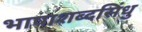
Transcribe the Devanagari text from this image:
भाषाशब्दसिंधु